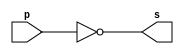
// ------------------------- 
// Exemplo0002 - NOT 
// Nome: Marcio Enio G Dutra Junior 
// ------------------------- 
 
// ------------------------- 
// -- not gate 
// ------------------------- 
module notgate (output s, input p); 
	assign s = ~p; 
endmodule //notgate 
 
// ------------------------- 
// -- test not gate 
// ------------------------- 
module testnotgate; 
// ------------------------- dados locais 
   reg    a;   // definir registrador 
                 // (variavel independente) 
   wire   s;   // definir conexao (fio) 
                 // (variavel dependente  ) 
// ------------------------- instancia 
   notgate NOT1 (s, a); 
// ------------------------- preparacao 
   initial begin:start 
      a=0;     //valor inicial 
   end 
 
// ------------------------- parte principal 
   initial begin 
         $display("Exemplo0002 - Marcio Enio G Dutra Junior - 441698"); 
         $display("Test NOT gate"); 
         $display("\n~a = s\n"); 
           a=0; 
  #1   $display("~%b = %b", a, s); 
           a=1; 
  #1   $display("~%b = %b", a, s); 
   end 
 
endmodule //testnotgate